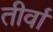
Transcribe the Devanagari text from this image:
तीर्वा